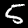
Label: 5